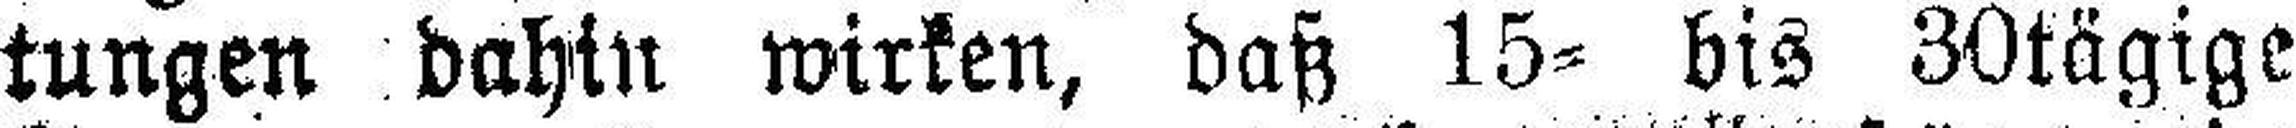
tungen dahin wirken, daß 15= bis 30tägige